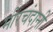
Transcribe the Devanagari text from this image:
मीरचंदानी